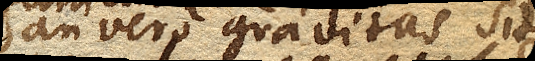
an vero gravitas sit